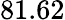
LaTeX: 81.62